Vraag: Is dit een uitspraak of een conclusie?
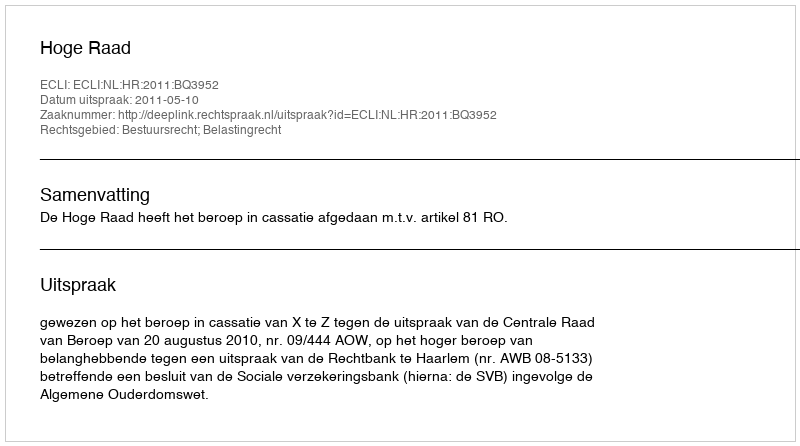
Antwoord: Uitspraak